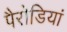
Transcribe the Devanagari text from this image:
पैरोडियां